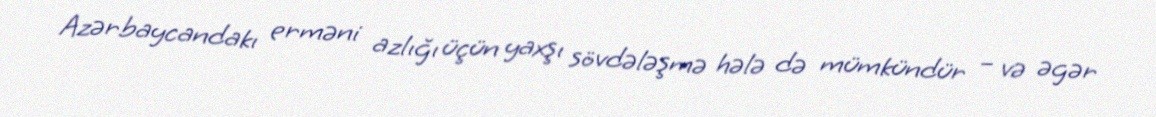
Azərbaycandakı erməni azlığı üçün yaxşı sövdələşmə hələ də mümkündür – və əgər